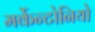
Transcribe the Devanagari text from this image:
मर्केन्टोनियो